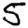
Digit: 5